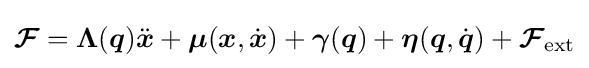
{\boldsymbol {\mathcal {F}}}={\boldsymbol {\Lambda }}({\boldsymbol {q}}){\ddot {\boldsymbol {x}}}+{\boldsymbol {\mu }}({\boldsymbol {x}},{\dot {\boldsymbol {x}}})+{\boldsymbol {\gamma }}({\boldsymbol {q}})+{\boldsymbol {\eta }}({\boldsymbol {q}},{\dot {\boldsymbol {q}}})+{\boldsymbol {\mathcal {F}}}_{\mathrm {ext} }